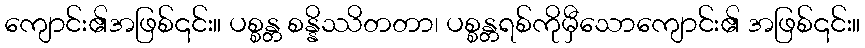
ကျောင်း၏အဖြစ်၎င်း။ ပစ္စန္တ စန္နိဿိတတာ၊ ပစ္စန္တရစ်ကိုမှီသောကျောင်း၏ အဖြစ်၎င်း။